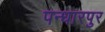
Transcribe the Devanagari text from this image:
पन्धारपुर